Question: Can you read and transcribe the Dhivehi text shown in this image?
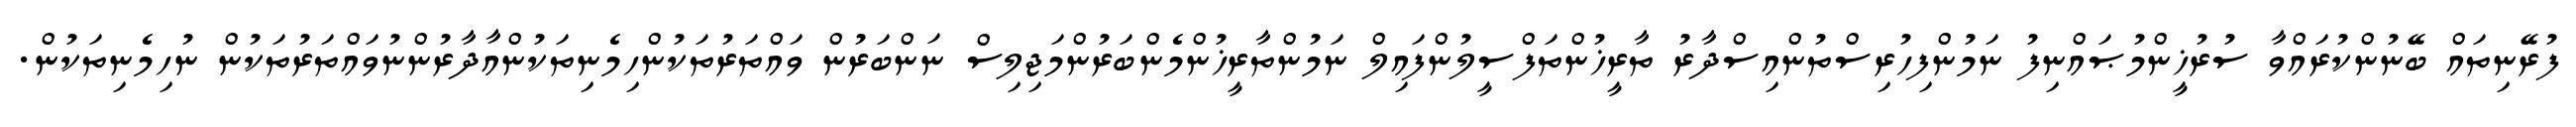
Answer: ފުރޭނިތައް ބޭނުންކުރައްވާ ސުރުޚީންމުޞައްނިފު ނަމުންފިހުރިސްތުންއިސްދާރު ތާރީޚުންތަފްސީލުންފައިލް ނަމުންތާރީޚުންމެންބަރުންމަޖިލިސް ނަންބަރުން ވައްތަރުތަކުންހިމެނިތަކުންއާދާރުންނުވައްތަރުތަކުން ނުހިމެނިތަކުން.